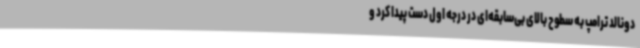
دونالد ترامپ به سطوح بالای بی‌سابقه‌ای در درجه اول دست پیدا کرد و